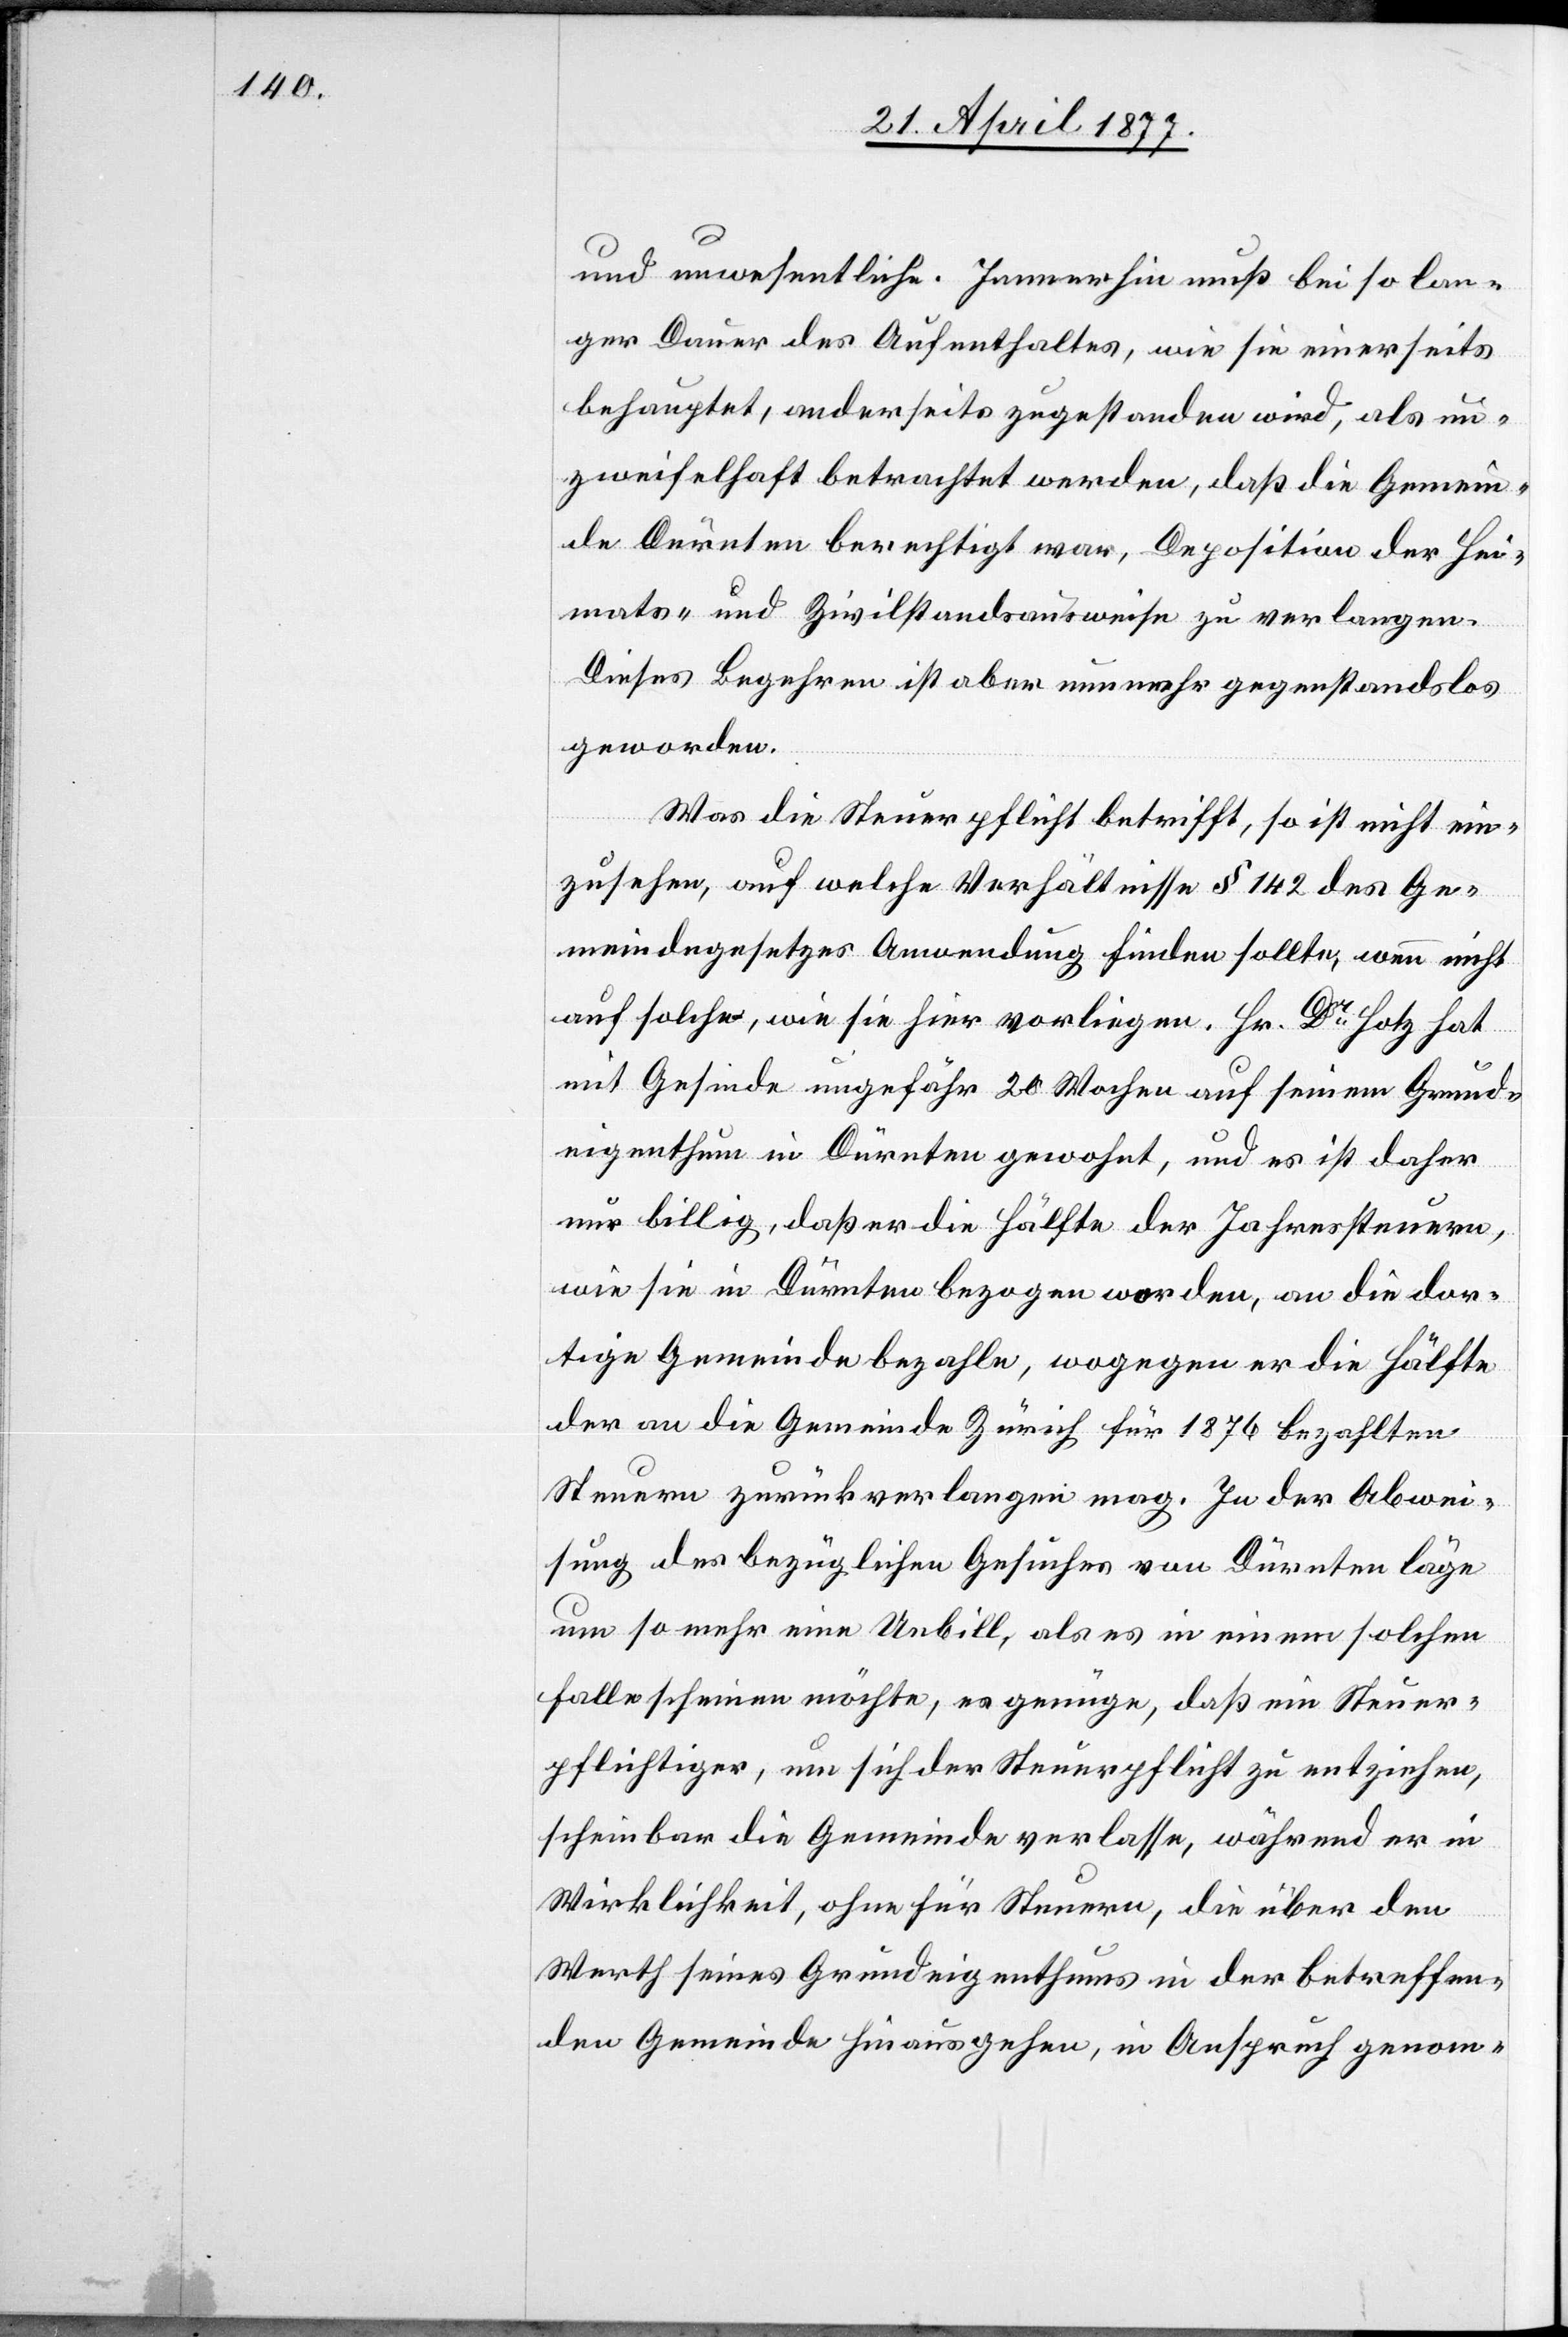
und unwesentliche. Immerhin muß bei so lan¬
ger Dauer des Aufenthaltes, wie sie einerseits
behauptet, anderseits zugestanden wird, als un¬
zweifelhaft betrachtet werden, daß die Gemein¬
de Dürnten berechtigt war, Deposition der Hei¬
mats- und Zivilstandsausweise zu verlangen.
Dieses Begehren ist aber nunmehr gegenstandslos
geworden.
Was die Steuerpflicht betrifft, so ist nicht ein¬
zusehen, auf welche Verhältnisse § 142 des Ge¬
meindegesetzes Anwendung finden sollte, wenn nicht
auf solche, wie sie hier vorliegen. Hr. Dr Hotz hat
mit Gesinde ungefähr 20 Wochen auf seinem Grund¬
eigenthum in Dürnten gewohnt, und es ist daher
nur billig, daß er die Hälfte der Jahressteuern,
wie sie in Dürnten bezogen worden, an die dor¬
tige Gemeinde bezahle, wogegen er die Hälfte
der an die Gemeinde Zürich für 1876 bezahlten
Steuern zurückverlangen mag. In der Abwei¬
sung des bezüglichen Gesuches von Dürnten läge
um so mehr eine Unbill, als es in einem solchen
Falle scheinen möchte, es genüge, daß ein Steuer¬
pflichtiger, um sich der Steuerpflicht zu entziehen,
scheinbar die Gemeinde verlasse, während er in
Wirklichkeit, ohne für Steuern, die über den
Werth seines Grundeigenthums in der betreffen¬
den Gemeinde hinausgehen, in Anspruch genom-